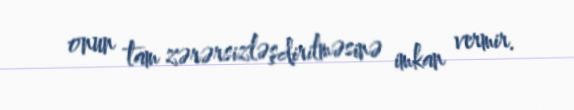
onun tam zərərsizləşdirilməsinə imkan vermir.